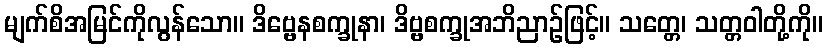
မျက်စိအမြင်ကိုလွန်သော။ ဒိဗ္ဗေနစက္ခုနာ၊ ဒိဗ္ဗစက္ခုအဘိညာဉ်ဖြင့်။ သတ္တေ၊ သတ္တဝါတို့ကို။